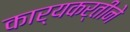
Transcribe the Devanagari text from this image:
कार्यकर्तीने